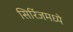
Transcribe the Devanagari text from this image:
सिरिंजमध्ये